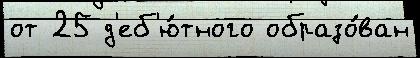
от 25 д'еб'ю́тного образо́ван